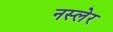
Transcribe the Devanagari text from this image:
नस्लेर